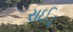
રાઈડ